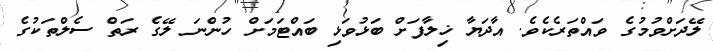
ލޭދަށްވުމުގެ ވައްތަރެކެވެ. އާދަޔާ ޚިލާފަށް ބަޅުވަޅި ބައްޓަމަށް ހުންނަ ލޭގެ ރަތް ސެލްތަކުގެ